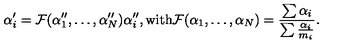
\alpha _ { i } ^ { \prime } = { \cal { F } } ( \alpha _ { 1 } ^ { \prime \prime } , \ldots , \alpha _ { N } ^ { \prime \prime } ) \alpha _ { i } ^ { \prime \prime } , \mathrm { w i t h } { \cal { F } } ( \alpha _ { 1 } , \ldots , \alpha _ { N } ) = \frac { \sum \alpha _ { i } } { \sum \frac { \alpha _ { i } } { m _ { i } } } .